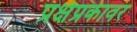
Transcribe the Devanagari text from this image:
प्रक्षेप्रकावर